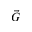
\vec { G }